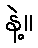
နဲ့။